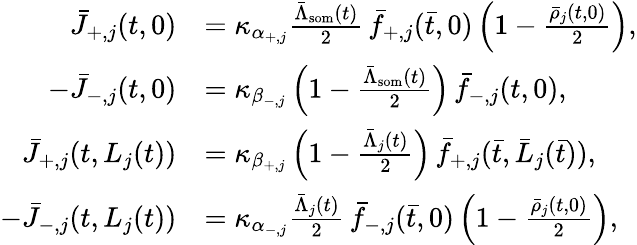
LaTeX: \begin{array}{rl}{\bar{J}_{+,j}(t,0)}&{=\kappa_{\alpha_{+,j}}\frac{\bar{\Lambda}_{\mathrm{som}}(t)}{2}\, \bar{f}_{+,j}(\bar{t},0)\left(1-\frac{\bar{\rho}_{j}(t,0)}{2}\right),}\\ {-\bar{J}_{-,j}(t,0)}&{=\kappa_{\beta_{-,j}}\left(1-\frac{\bar{\Lambda}_{\mathrm{som}}(t)}{2}\right)\, \bar{f}_{-,j}(t,0),}\\ {\bar{J}_{+,j}(t,L_{j}(t))}&{=\kappa_{\beta_{+,j}}\left(1-\frac{\bar{\Lambda}_{j}(t)}{2}\right)\, \bar{f}_{+,j}(\bar{t},\bar{L}_{j}(\bar{t})),}\\ {-\bar{J}_{-,j}(t,L_{j}(t))}&{=\kappa_{\alpha_{-,j}}\frac{\bar{\Lambda}_{j}(t)}{2}\, \bar{f}_{-,j}(\bar{t},0)\left(1-\frac{\bar{\rho}_{j}(t,0)}{2}\right),}\end{array}